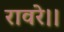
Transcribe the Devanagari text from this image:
रावरे।।